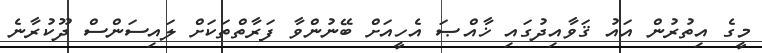
މީގެ އިތުރުން އައު ޤަވާއިދުގައި ޚާއްޞަ އެހީއަށް ބޭނުންވާ ފަރާތްތަކަށް ލައިސަންސް ދޫކުރާނެ